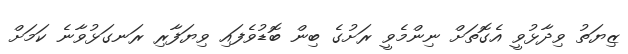
ޒިޔަތު ވިދާޅުވީ އެގޮތަށް ނިންމެވީ ރަށުގެ ބިން ބޮޑުވެފައި ވިޔަފާރި ރަނގަޅުވާނެ ކަމަށް